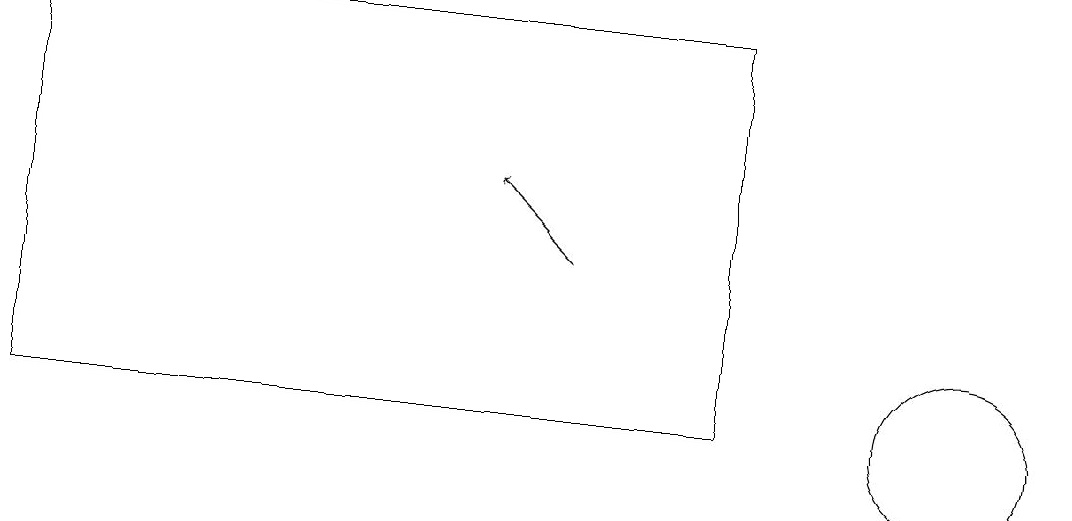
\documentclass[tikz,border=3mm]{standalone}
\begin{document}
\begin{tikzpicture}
\draw[->] (7,13) -- (6,14);
\draw (0,16) rectangle (9,11);
\draw (12,11) circle (1);
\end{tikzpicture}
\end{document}